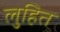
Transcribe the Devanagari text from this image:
लुहित